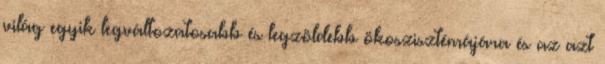
világ egyik legváltozatosabb és legzöldebb ökoszisztémájára és az azt